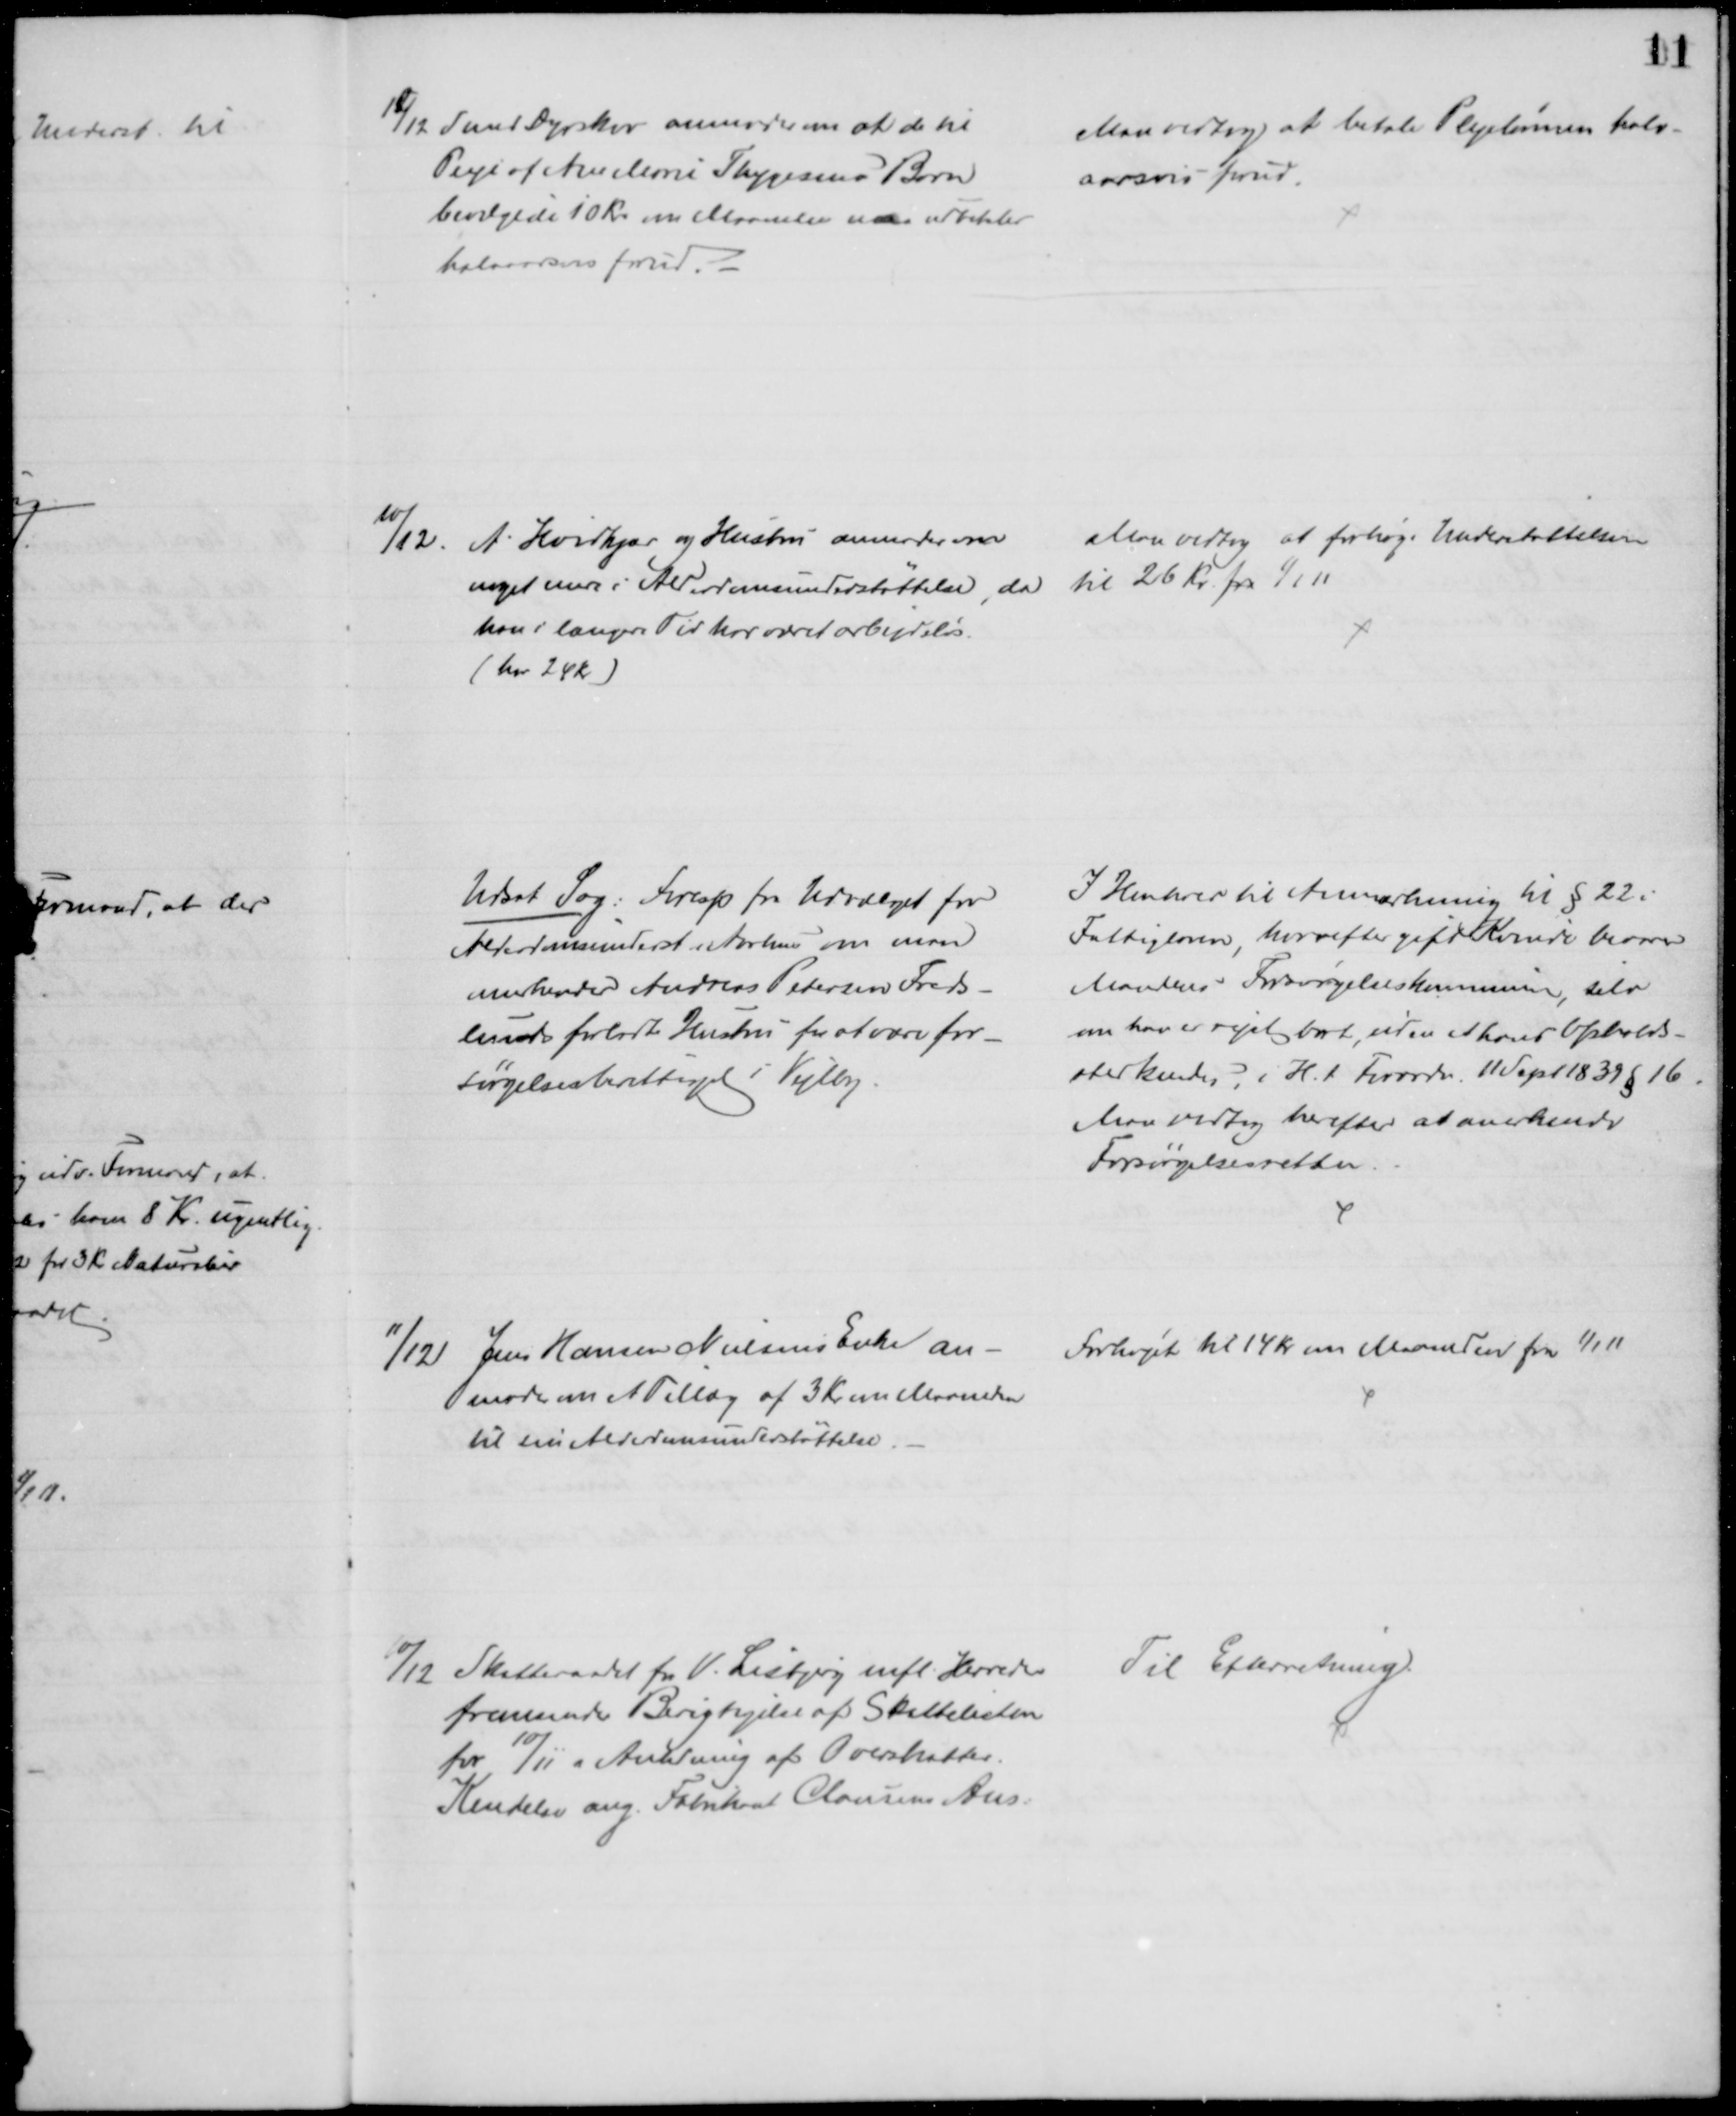
Transskription:
12/12 Smed Dyrskov anmoder om at de til
Pleje of Ane Marie Thygesens Barn
bevilgede 10 Kr. om Maaneden maa udbetales
halvaarsvis forud.
Man vedtog at betale Plejelønnen halv-
aarsvis forud.
10/12. A. Hvidkjær og Hustru anmoder om
noget mere i Alderdomsunderstøttelse, da 
han i længere Tid har været arbejdsløs.
(har 24 Kr.)
Man vedtog at forhøje Understøttelsen
til 26 Kr. fra 1/1 11
Udsat Sag. Foresp fra Udvalget for
Alderdomsunderst Aarhus om man
anerkender Andreas Petersen Freds-
lunds forladte Hustru for at være for-
sørgelsesberettiget i Vejlby.
I Henhold til Anmærkning til § 22 i
Fattigloven hvorefter gift Kvinde bevarer
Mandens Forsørgelseskommunen, selv
om han er rejst bort, uden at hans Opholds-
anerkendes, i H.t. Forordn. 11 Sept 1839 § 16.
Man vedtog herefter at anerkende
Forsørgelsesretten
11/12 Jens Hansen Nielsens Enke an-
moder om et Tillæg af 3 Kr om Maaneden
til sin Alderdomsunderstøttelse.
Forhøjet til 14 Kr om Maaneden fra 1/1 11
10/12 Skatteraadet for V. Lisbjerg mfl. Herreder
fremsender Berigtigelse af Skattelisten
for 10/11 i Anledning af Overskatter.
Kendelse ang. Fabrikant Clausens Ans.
Til Efterretning